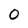
Character: 0